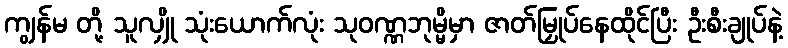
ကျွန်မ တို့ သူလျှို သုံးယောက်လုံး သုဝဏ္ဏဘုမ္မိမှာ ဇာတ်မြှုပ်နေထိုင်ပြီး ဦးစီးချုပ်နဲ့